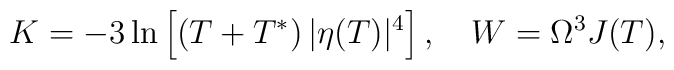
K=-3\ln \left[(T+T^{*})\, |\eta(T)|^4\right],\quad W=\Omega^3 J(T),